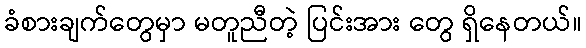
ခံစားချက်တွေမှာ မတူညီတဲ့ ပြင်းအား တွေ ရှိနေတယ်။